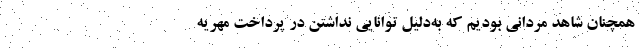
همچنان شاهد مردانی بودیم که به‌دلیل توانایی نداشتن در پرداخت مهریه